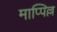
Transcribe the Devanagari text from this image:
माप्पिल्ल